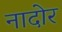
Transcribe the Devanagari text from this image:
नादोर